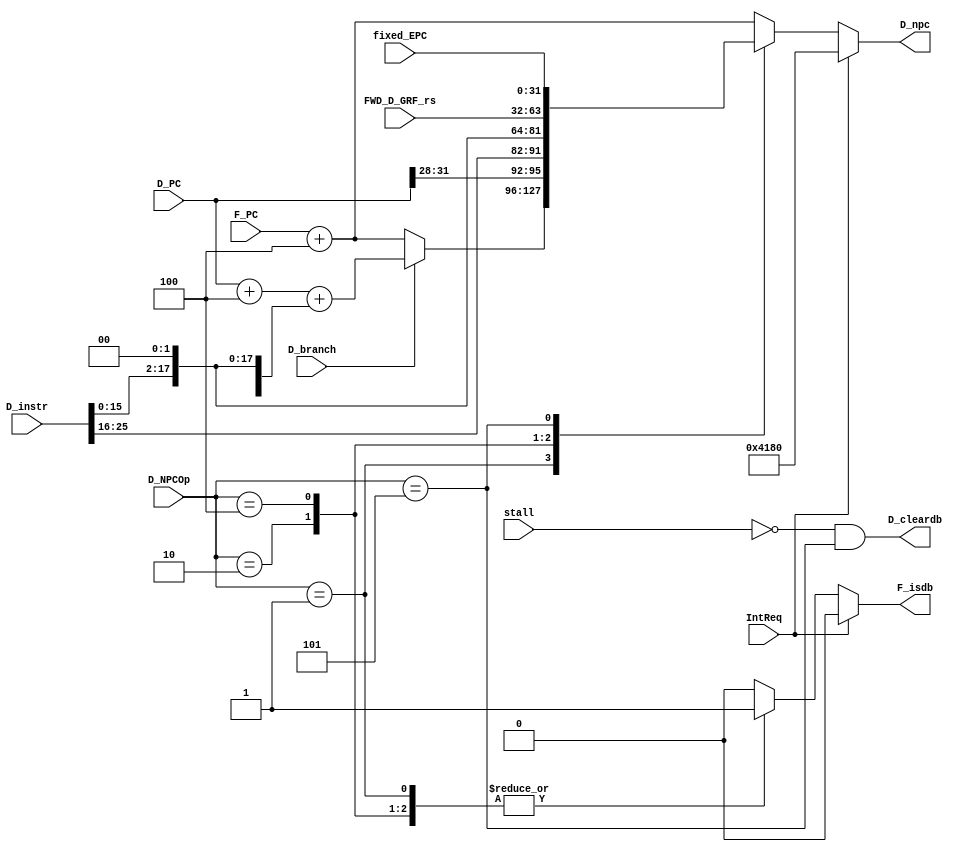
module D_NPC(
    input [31:0] D_PC,
    input [31:0] F_PC,
    input [31:0] D_instr,
    input [2:0] D_NPCOp,
    input [31:0] FWD_D_GRF_rs,
    input D_branch,
    input [31:0] fixed_EPC,
    input stall,
    input IntReq,
    output reg [31:0] D_npc,
    output reg F_isdb,
    output D_cleardb);

	parameter PCp4_NPC = 3'b000, BRANCH_NPC = 3'b001, J_NPC = 3'b010, JR_NPC = 3'b100, EPC_NPC = 3'b101;
	wire align_n;
    assign align_n = (|D_npc[1:0]) | (D_npc < 32'h0000_3000) | (D_npc > 32'h0000_6ffc);
    assign D_cleardb = (!stall) & ((D_NPCOp == EPC_NPC));

    always @(*) begin
        if (IntReq) begin
            D_npc = 32'h00004180;
            F_isdb = 1'b0;
        end
        else begin
            case (D_NPCOp)
                PCp4_NPC: begin
                    D_npc = F_PC + 32'h4;
                    F_isdb = 1'b0;
                end 
                BRANCH_NPC: begin
                    if (D_branch) begin
                        D_npc = D_PC + 32'h4 + {{14{D_instr[15]}}, D_instr[15:0], 2'b00};
                    end
                    else begin
                        D_npc = F_PC + 32'h4;
                    end
                    F_isdb = 1'b1;
                end
                J_NPC: begin
                    D_npc = {D_PC[31:28], D_instr[25:0], 2'b00};
                    F_isdb = 1'b1;
                end
                JR_NPC: begin
                    D_npc = FWD_D_GRF_rs;
                    F_isdb = 1'b1;
                end
                EPC_NPC: begin
                    D_npc = fixed_EPC;
                    F_isdb = 1'b0;
                end
                default: begin
                    D_npc = F_PC + 32'h4;
                    F_isdb = 1'b0;
                end
            endcase
        end
    end

endmodule